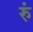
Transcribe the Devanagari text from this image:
रुं